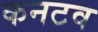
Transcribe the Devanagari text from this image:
कनटव